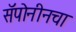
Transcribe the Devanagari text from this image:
सॅपोनीनचा